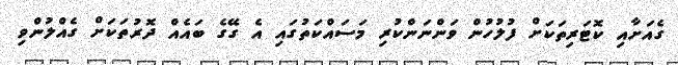
ގެއަށާއި ކޮޓަރިތަކަށް ފުލުހުން ވަންނަންކުރި މަސައްކަތުގައި އެ ގޭގެ ބައެއް ދޮރުތަކަށް ގެއްލުންވި